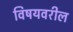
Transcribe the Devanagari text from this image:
विषयवरील